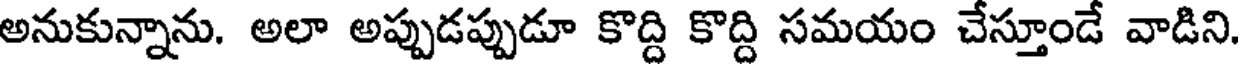
అనుకున్నాను. అలా అప్పుడప్పుడూ కొద్ది కొద్ది సమయం చేస్తూండే వాడిని